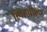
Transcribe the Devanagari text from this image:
लिहवीला